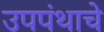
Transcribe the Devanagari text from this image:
उपपंथाचे